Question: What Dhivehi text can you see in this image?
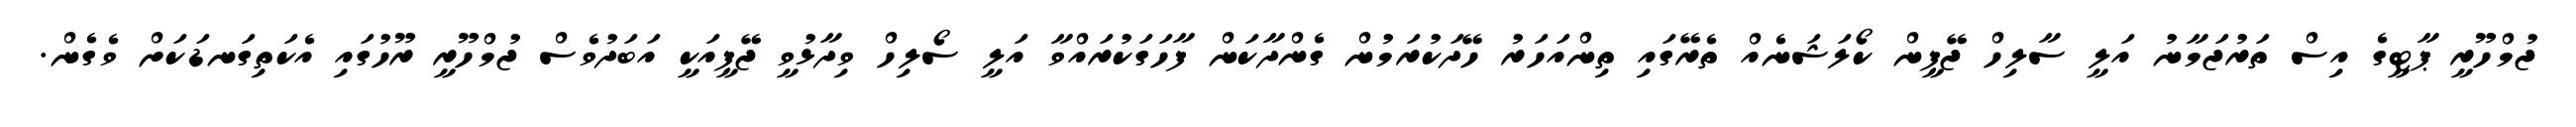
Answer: ޖުމްހޫރީ ޕާޓީގެ އިސް ތަރުޖަމާނު އަލީ ސާލިހް ޖޭޕީން ކޯލަޝަނެއް ތެރޭގައި ތިންއަހަރު ހޭދަކުރަމުން ގެންދާކަން ފާހަގަކުރައްވާ އަލީ ސޯލިހް ވިދާޅުވީ ޖޭޕީއަކީ އަބަދުވެސް ޖުމްހޫރީ ރޫހުގައި އެކަތިގަނޑަކަށް ވެގެން.